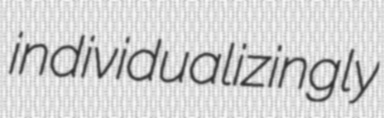
individualizingly